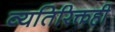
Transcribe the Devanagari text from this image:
व्यतिरिक्तही